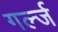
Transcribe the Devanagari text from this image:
गर्ल्‍ज